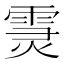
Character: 𩃏